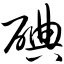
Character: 碘